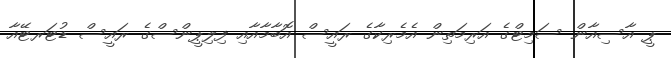
ޕީ އާސިއާން ސަމިޓްގެ އަރިމަތިން އެމެރިކާގެ ރައީސް އޮބާމާއާއި ފިލިޕީންސްގެ ރައީސް ޑުޓަރޓޭއާ